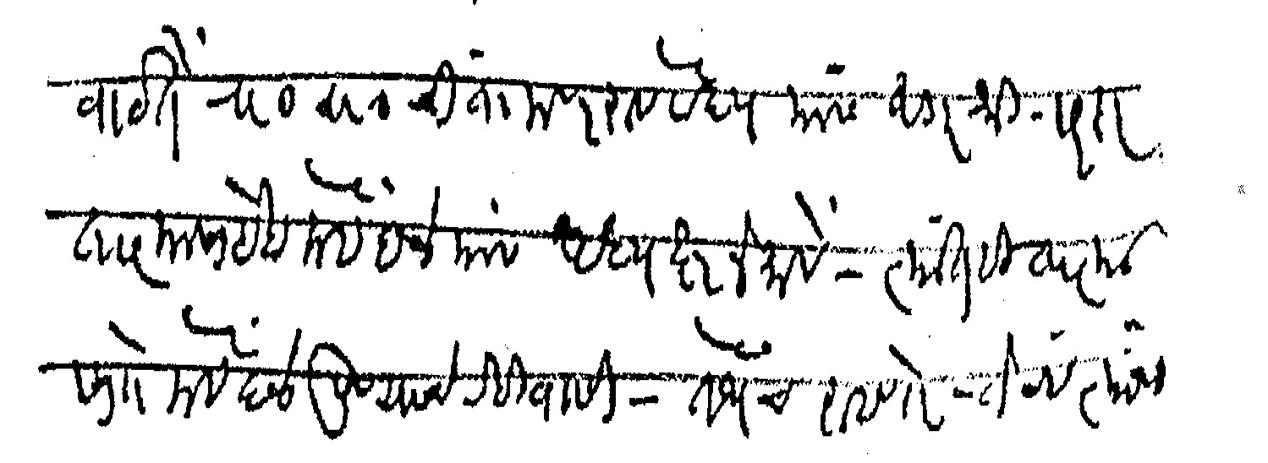
Transliteration (Devanagari): वाटते रा रा चिंतामणराव वैद्य यांस अगर श्री सरदार तात्यासाहेब मेहेंदळे यांस अध्यक्ष नेमावे त्यातही तात्या साो मेहेंदळे पुण्याचे रहिवासी तेथेच राहणारे तेव्हा त्यांचा